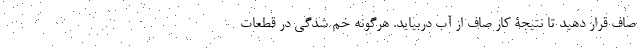
صاف قرار دهید تا نتیجۀ کار صاف از آب دربیاید. هرگونه خم شدگی در قطعات